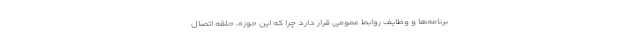
برنامه‌ها و وظایف روابط عمومی قرار دارد چرا که این حوزه، حلقه اتصال